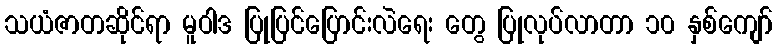
သယံဇာတဆိုင်ရာ မူဝါဒ ပြုပြင်ပြောင်းလဲရေး တွေ ပြုလုပ်လာတာ ၁၀ နှစ်ကျော်